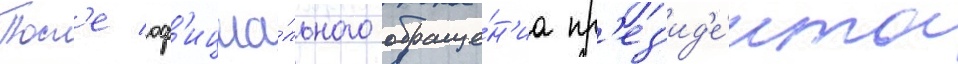
Посл'е оф'ициа́льного обраще́н'иа пр'ез'ид'е́нта